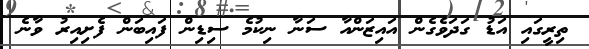
ތިރީގައި އަޑު ގަދަވެގެން އައިޒަންއާ ސަނާ ނިކުމެ ސިޑިން ފައިބަން ފެށިއިރު ވާނެ